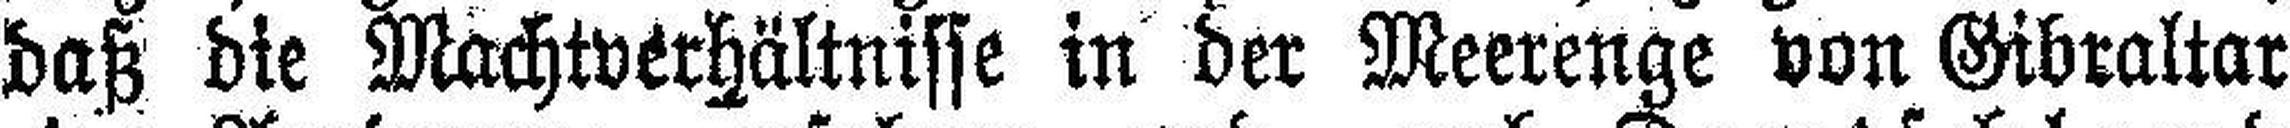
daß die Machtverhältnisse in der Meerenge von Gibraltar